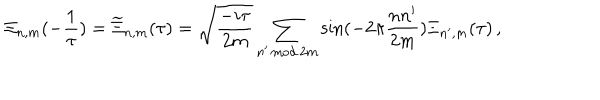
LaTeX: \Xi _ { n , m } ( - \frac { 1 } { \tau } ) = \widetilde { \Xi } _ { n , m } ( \tau ) = \sqrt { \frac { - i \tau } { 2 m } } \sum _ { n ^ { \prime } \, \mathrm { m o d } \, 2 m } \sin ( - 2 \pi \frac { n n ^ { \prime } } { 2 m } ) \Xi _ { n ^ { \prime } , m } ( \tau ) \, ,